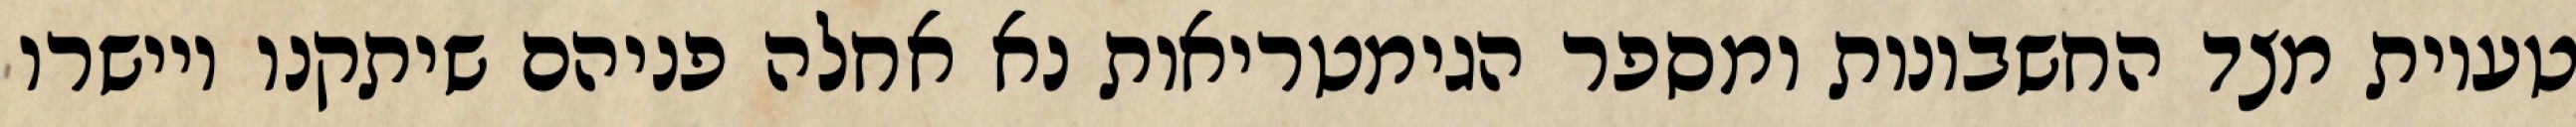
טעיות מצד החשבונות ומספר הגימטריאות נא אחלה פניהם שיתקנו ויישרו